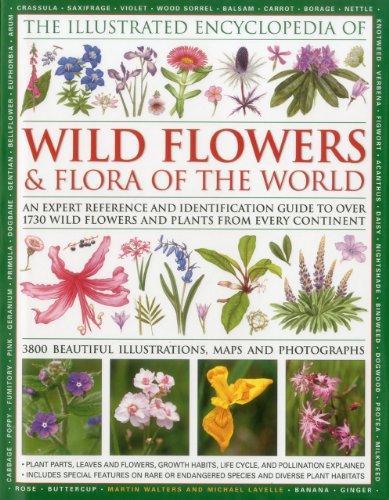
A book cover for Illustrated Encyclopedia of Wild Flowers & Flora of the World; Michael Lavelle; Crafts, Hobbies & Home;